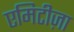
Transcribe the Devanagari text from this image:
एमिटीज़ा